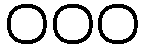
၀၀၀